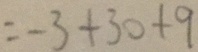
= - 3 + 3 0 + 9